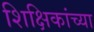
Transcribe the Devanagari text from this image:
शिक्षिकांच्या